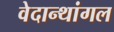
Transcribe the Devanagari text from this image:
वेदान्थांगल